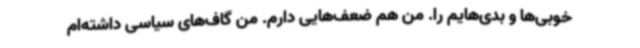
خوبی‌ها و بدی‌هایم را. من هم ضعف‌هایی دارم. من گاف‌های سیاسی داشته‌ام